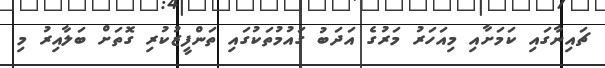
ޗައިނާގައި ކަމަށާއި މިއަހަރު މަރުގެ އަދަބު ގައުމުތަކުގައި ތަންފީޒުކުރި ގޮތަށް ބަލާއިރު މި